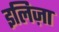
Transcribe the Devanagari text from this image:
इलिज़ा